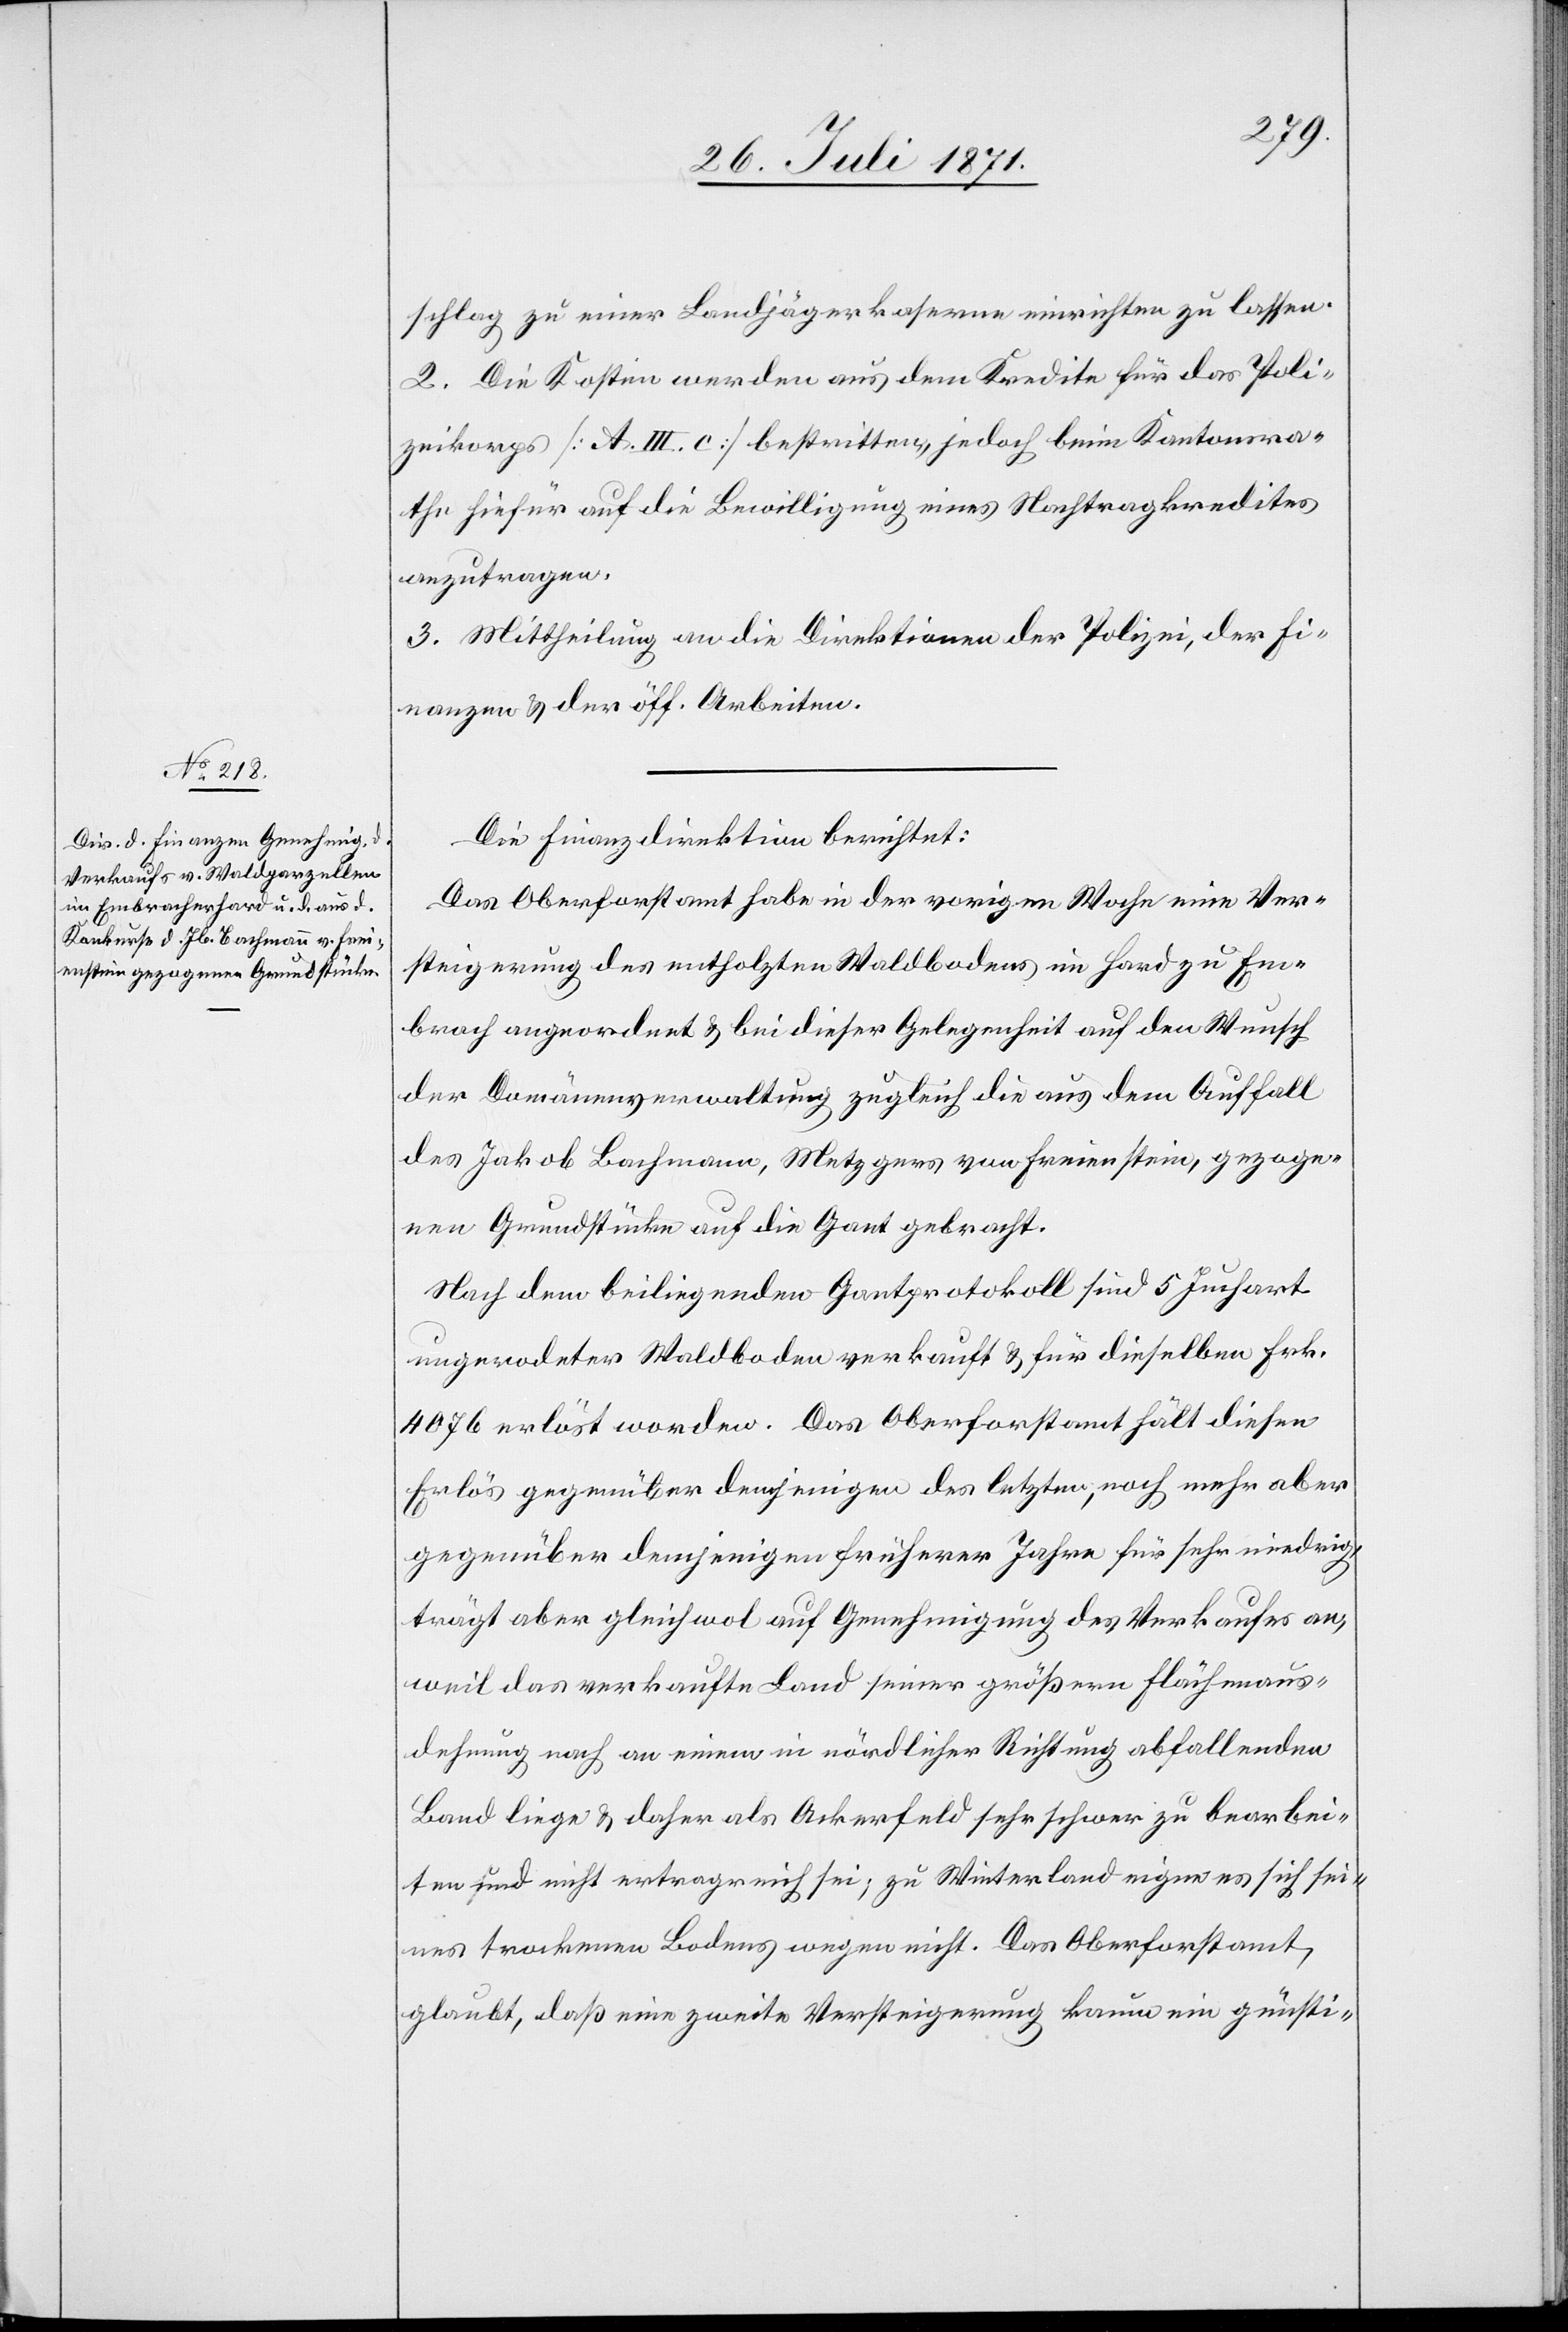
schlag zu einer Landjägerkaserne einrichten zu lassen.
2. Die Kosten werden aus dem Kredite für das Poli¬
zeikorps [A. III. c] bestritten jedoch beim Kantonsra¬
the hiefür auf die Bewilligung eines Nachtragkredites
anzutragen.
3. Mittheilung an die Direktion der Polizei, der Fi¬
nanzen u. der öff. Arbeiten.
Die Finanzdirektion berichtet:
Das Oberforstamt habe in der vorigen Woche ein Ver¬
steigerung des entholzten Waldbodens im Hard zu Em¬
brach angeordnet u. bei dieser Gelegenheit auf den Wunsch
der Domänenverwaltung zugleich die aus dem Auffall
des Jakob Bachmann, Metzgers von Freienstein, gezoge¬
nen Grundstücke auf die Gant gebracht.
Nach dem beiliegenden Gantprotokoll sind 5 Juchart
ungerodeter Waldboden verkauft u. für dieselben Frk.
4076 erlöst worden. Das Oberforstamt hält diesen
Erlös gegenüber demjenigen des letzten, noch mehr aber
gegenüber demjenigen früherer Jahre für sehr niedrig,
trägt aber gleichwol auf Genehmigung des Verkaufes an,
weil das verkaufte Land seiner größern Flächenaus¬
dehnung nach an einem in nördlicher Richtung abfallenden
Land liege u. daher als Ackerfeld sehr schwer zu bearbei¬
ten und nicht ertragreich sei; zu Winterland eigne es sich sei¬
nes trockenen Bodens wegen nicht. Das Oberforstamt,
glaubt, daß eine zweite Versteigerung kaum ein günsti-